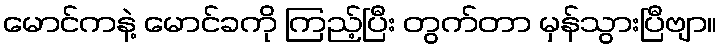
မောင်ကနဲ့ မောင်ခကို ကြည့်ပြီး တွက်တာ မှန်သွားပြီဗျာ။